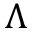
\Lambda